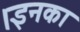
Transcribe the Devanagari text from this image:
।इनका